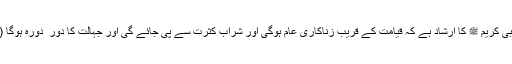
حضرت نبی کریم ﷺ کا ارشاد ہے کہ قیامت کے قریب زناکاری عام ہوگی اور شراب کثرت سے پی جائے گی اور جہالت کا دور ِ دورہ ہوگا ( بخاری) ۔